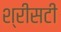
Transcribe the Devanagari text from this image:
श्रीसटी